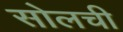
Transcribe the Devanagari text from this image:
सोलची